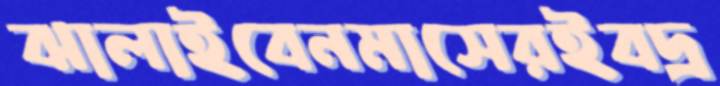
ঝালাইবেনমাসেরইবদ্র